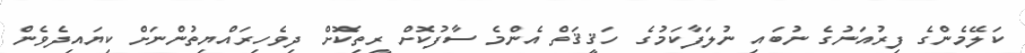
ކަލޭމެންގެ ފިރުއަނުގެ ނުބައި ނުލަފާކަމުގެ ހަޤީޤަތް އެންމެ ސާފުކޮށް ރީތިކޮށް ދިވެހިރައްޔިތުންނަށް ކިޔައިދެވެން